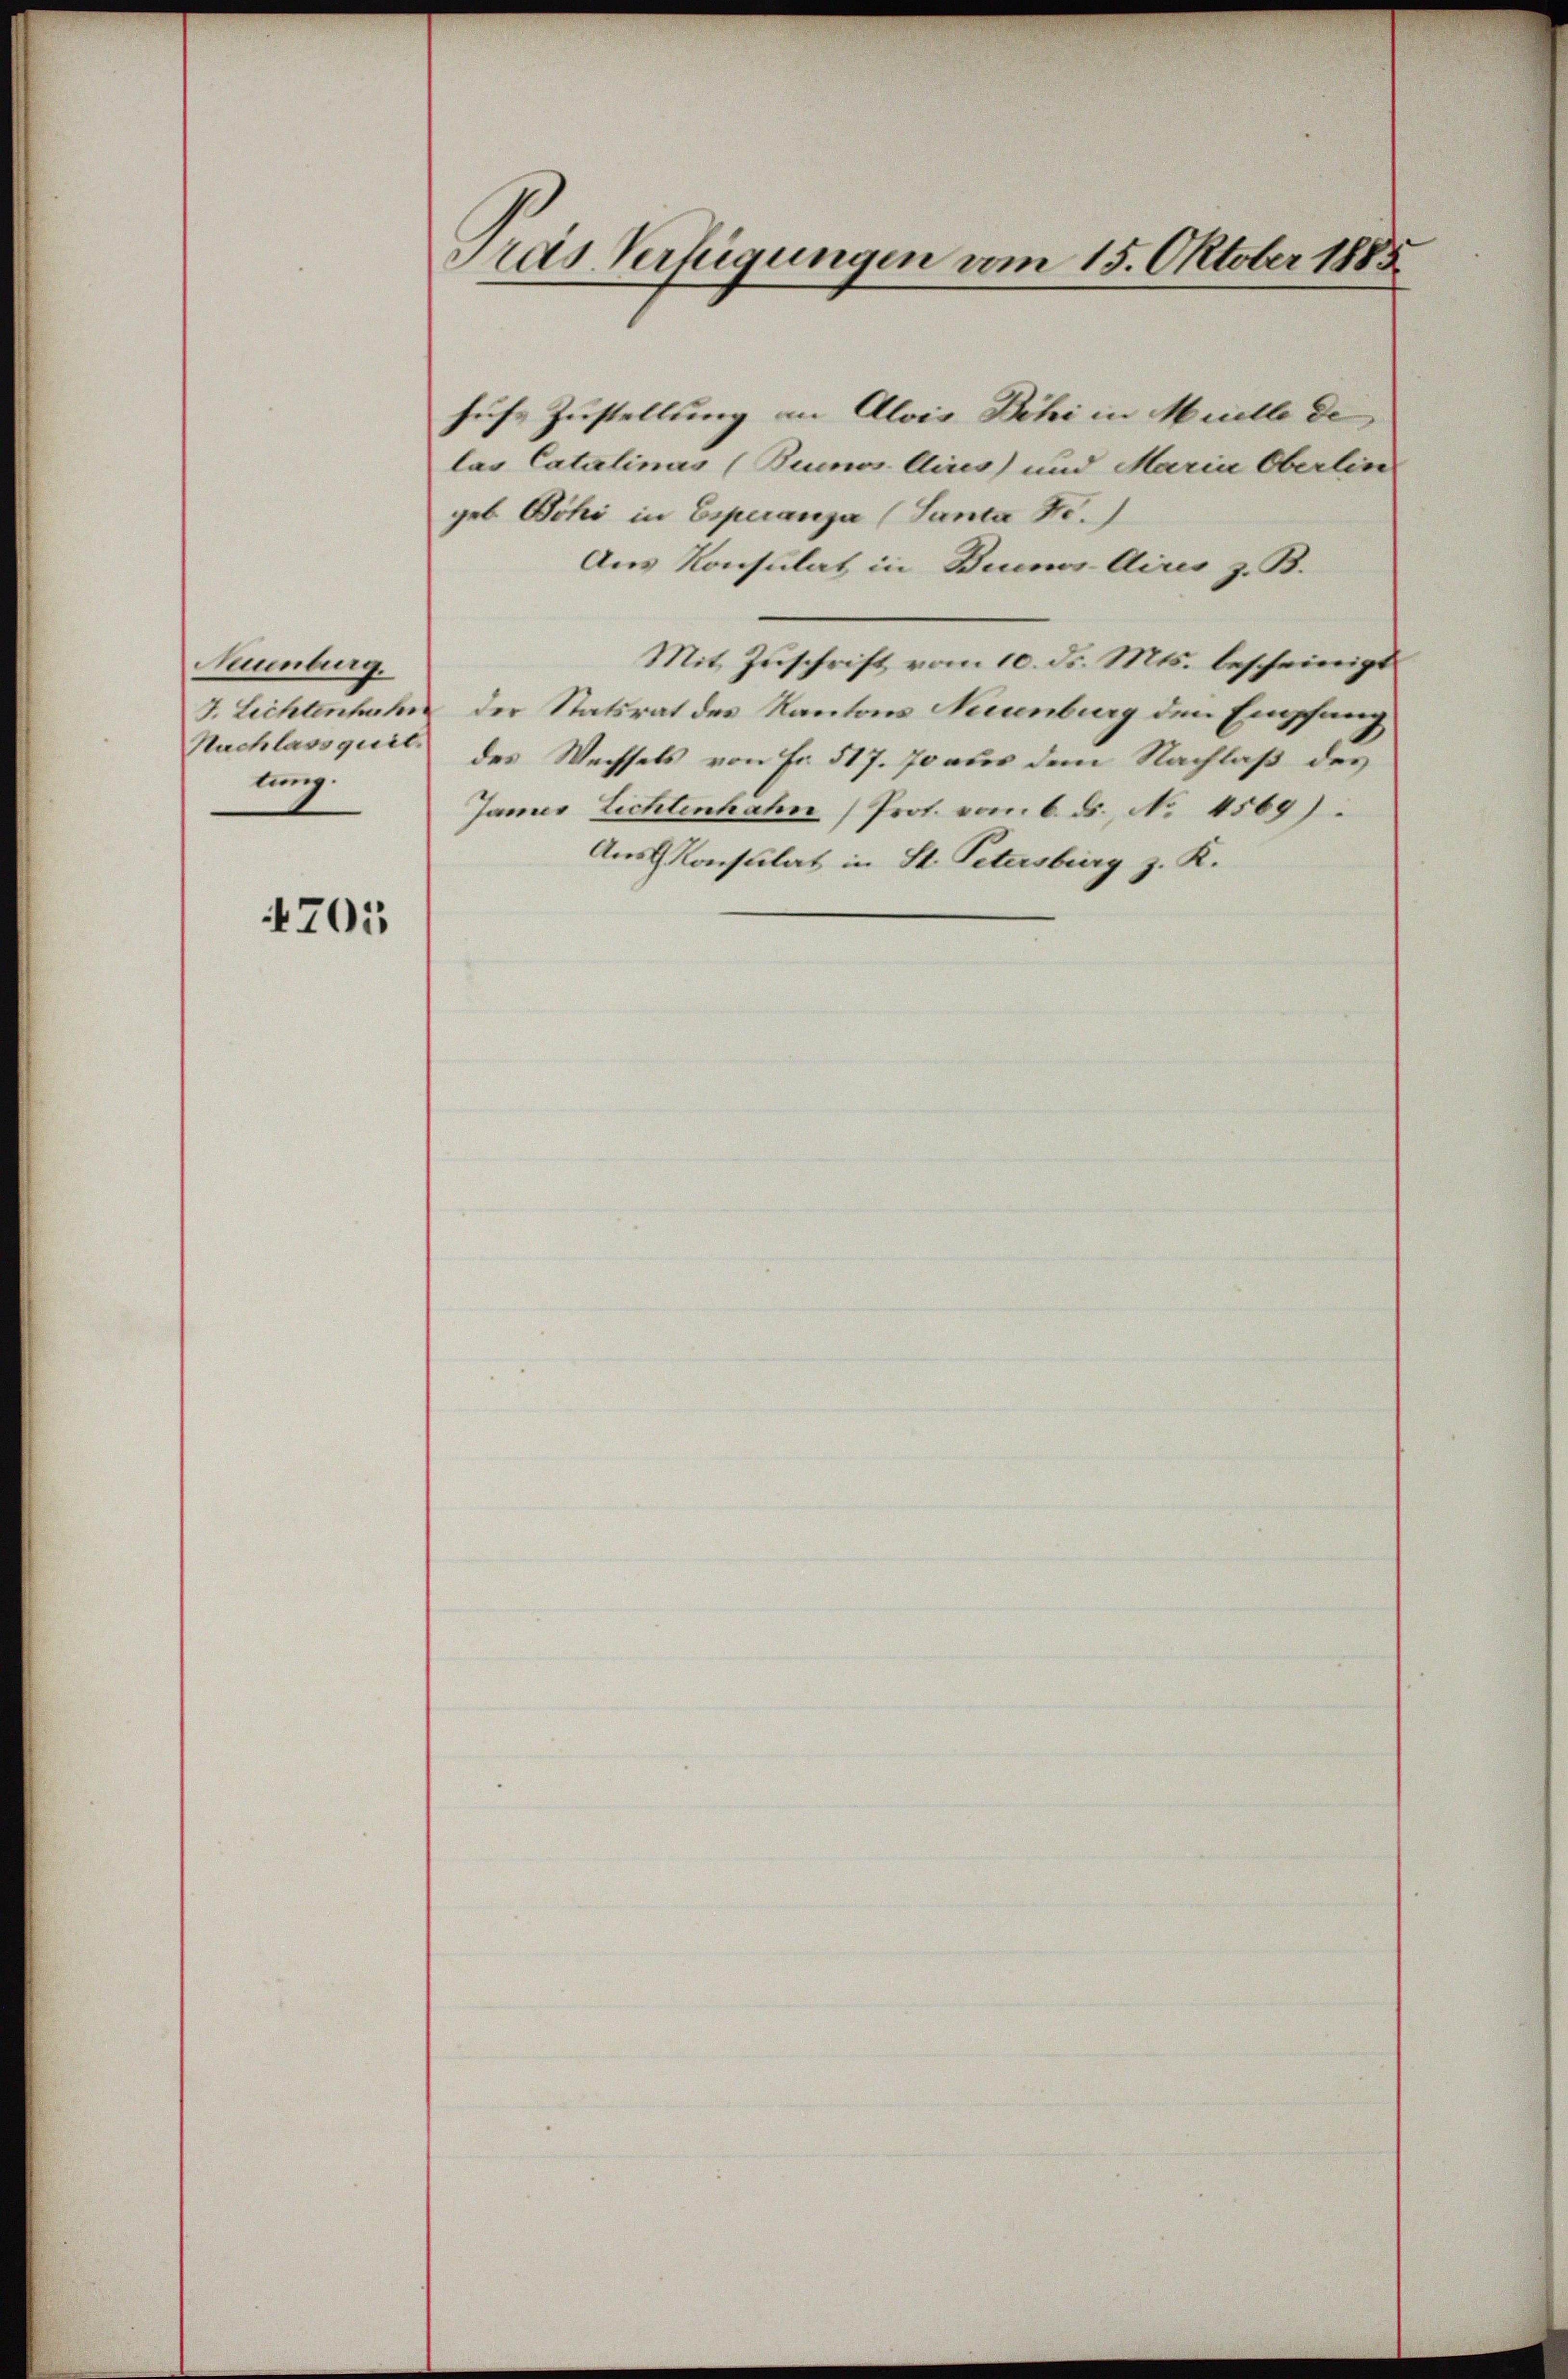
Neuenburg.
Nachlassquit
ung.

705

Pras Verfügungen vom 15. Oktober 1885

hufs Zustellung an Alois Bchi in Muelle de
las Catalinas (Buenos Aires) und Maria Oberlin
geb. Schi in Esperanza (Santa B.)
Aus Konsulat in Bims-Aires z. B.
Mit Zuschrift vom 10. d. Mts. bescheinigt
J. Lichtenhahn der Statsrat des Kantons Neuenburg den Empfang
des Wechsels von Fr. 517. 70 aus dem Nachlaß des
Jannes Lichtenhahn Prof. vom 6. ds. No 1569).
Aus Konsulat in St. Petersburg z. K.